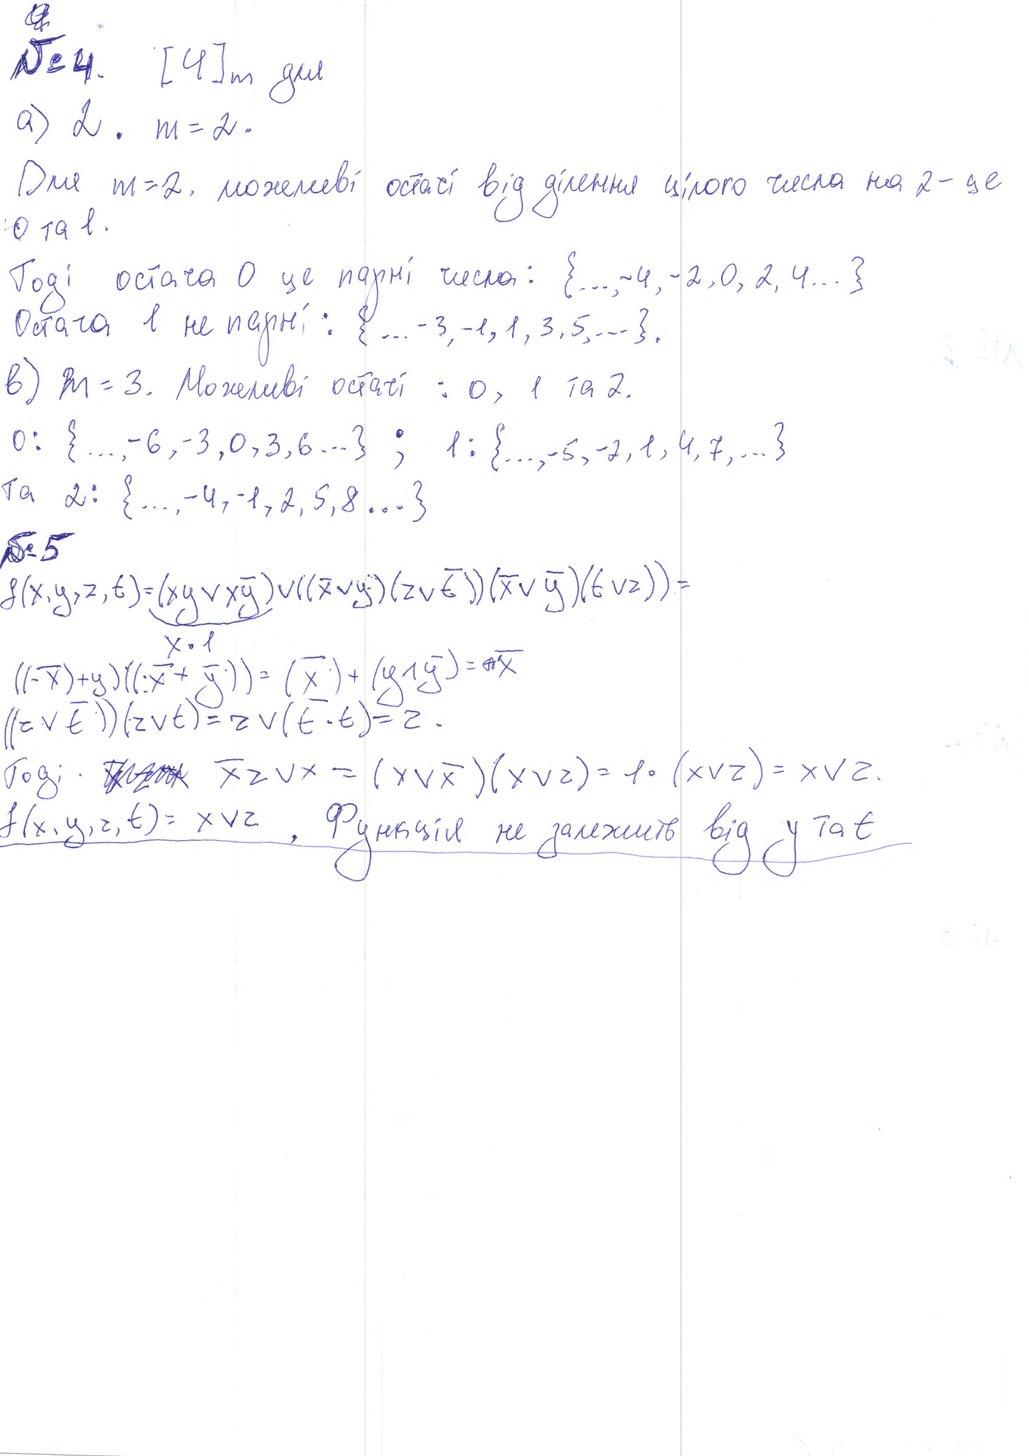
а
№4. [4] m для
a) 2 . m = 2 .
Для m=2, можливі остачі від ділення цілого числа на 2 - це
0 та 1.
Тоді остача 0 це парні числа: {..., -4, -2, 0, 2, 4...}
Остача 1 не парні: {... -3, -1, 1, 3, 5, ...}.
в) m = 3. Можливі остачі : 0, 1 та 2.
0: {..., -6, -3, 0, 3, 6, ...} ; 1: {..., -5, -2, 1, 4, 7, ...}
та 2: {..., -4, -1, 2, 5, 8 ...}
№5
f(x,y,z,t) = (xy ∨ xȳ) ∨ ((х ∨ y) (z ∨ ť)) (х ∨ ȳ) (t ∨ z)) =
((- х)+ y) ((:х + у)) х ‧ 1 = (x) + (yʌy) = nx
((z ∨ t)) (z ∨ t) = z ∨ (t ‧ t) = z .
Togi: ~~[illegible]~~ ̄xz ∨ x = (x ∨ ̄x)(x ∨ z) = 1 ∙ (x ∨ z) = x ∨ z.
f(x, y, z, t) = x ∨ z , Функція не залежить від y та t